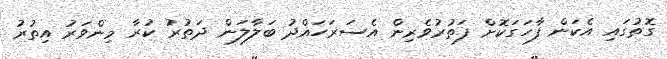
ގޮތުގައި އެކަން ފާހަގަކޮށް ފަތުރުވެރިން އެސަރަހައްދު ބަލާލަން ދަތުރު ކުރާ މިންވަރު އިތުރު